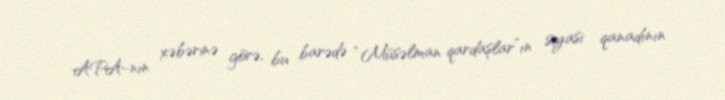
APA-nın xəbərinə görə, bu barədə “Müsəlman qardaşlar”ın siyasi qanadının